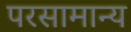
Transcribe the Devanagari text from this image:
परसामान्य